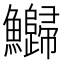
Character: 𬵻